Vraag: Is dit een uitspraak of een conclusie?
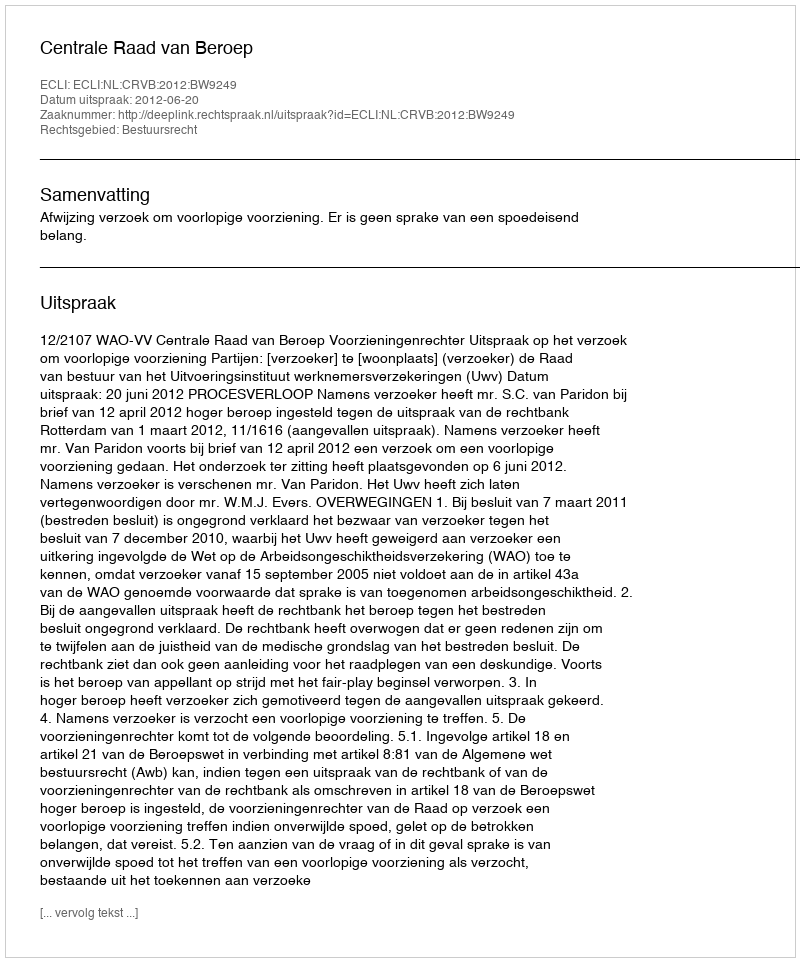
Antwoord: Uitspraak